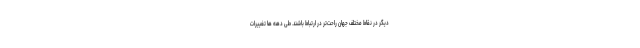
دیگر در نقاط مختلف جهان راحت‌تر در ارتباط باشند. طی دهه ها تغییرات